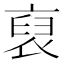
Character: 裒